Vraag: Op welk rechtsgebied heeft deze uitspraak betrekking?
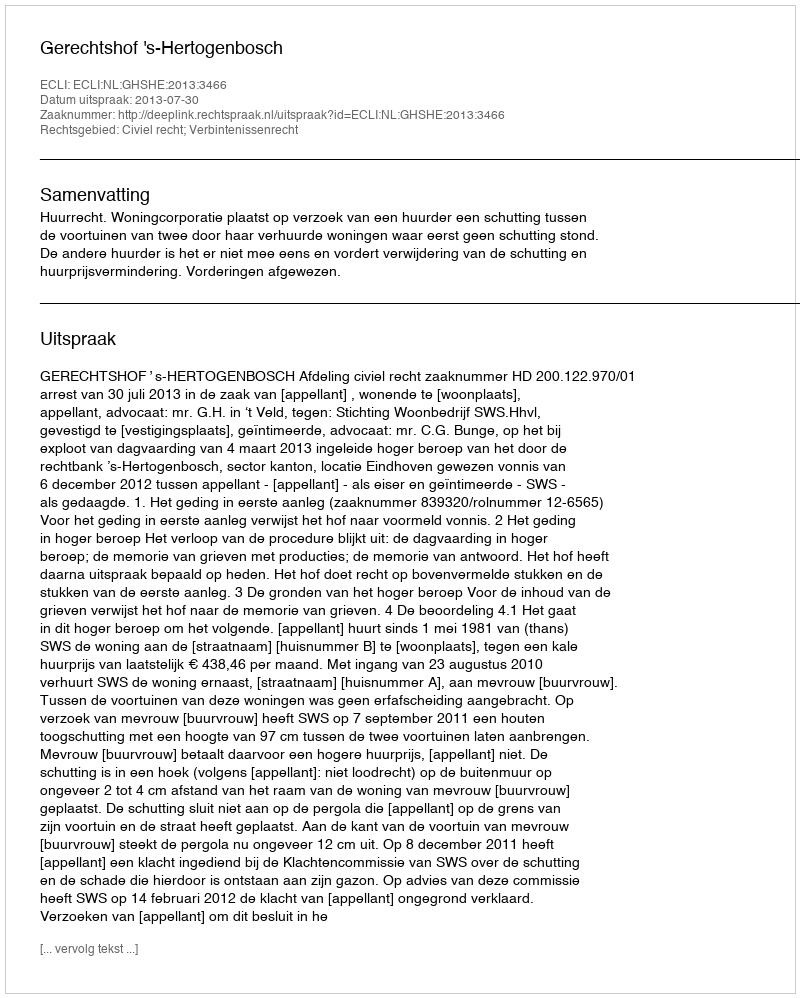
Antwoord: Civiel recht; Verbintenissenrecht